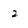
Character: 2